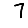
Digit: 7